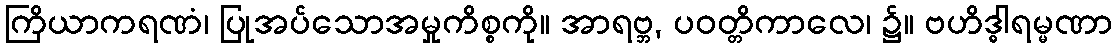
ကြိယာကရဏံ၊ ပြုအပ်သောအမှုကိစ္စကို။ အာရဗ္ဘ, ပဝတ္တိကာလေ၊ ၌။ ဗဟိဒ္ဓါရမ္မဏာ